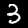
Digit: 3